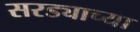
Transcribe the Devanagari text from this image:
सरड्याच्या